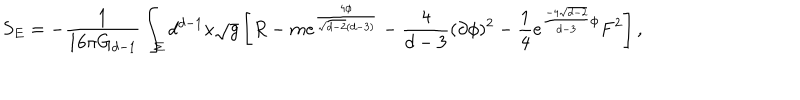
LaTeX: S _ { E } = - \frac { 1 } { 1 6 \pi G _ { d - 1 } } \int _ { \Sigma } d ^ { d - 1 } x \sqrt { g } \left[ R - m e ^ { \frac { 4 \phi } { \sqrt { d - 2 } ( d - 3 ) } } - \frac { 4 } { d - 3 } ( \partial \phi ) ^ { 2 } - \frac { 1 } { 4 } e ^ { \frac { - 4 \sqrt { d - 2 } } { d - 3 } \phi } F ^ { 2 } \right] ,